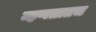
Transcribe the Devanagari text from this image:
म्हणतातच